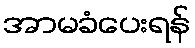
အာမခံပေးရန်